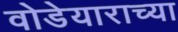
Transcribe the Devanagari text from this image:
वोडेयाराच्या